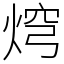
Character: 焪